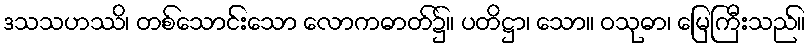
ဒသသဟဿိ၊ တစ်သောင်းသော လောကဓာတ်၌။ ပတိဋ္ဌာ၊ သော။ ဝသုဓာ၊ မြေကြီးသည်။